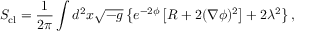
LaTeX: S _ { \mathrm { c l } } = \frac { 1 } { 2 \pi } \int \/ d ^ { 2 } x \sqrt { - g } \left\{ e ^ { - 2 \phi } \left[ R + 2 ( \nabla \phi ) ^ { 2 } \right] + 2 \lambda ^ { 2 } \right\} ,